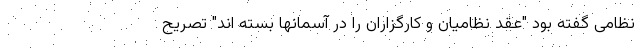
نظامی گفته بود "عقد نظامیان و کارگزاران را در آسمانها بسته اند" تصریح